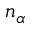
n _ { \alpha }